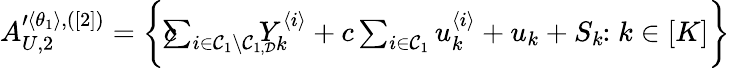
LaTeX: \begin{array}{r}{A_{U,2}^{\prime\langle\theta_{1}\rangle,([2])}=\biggl\{ c\! \! \! \! \sum_{i\in\mathcal{C}_{1}\backslash\mathcal{C}_{1,\mathcal{D}}}\! \! \! \! \! Y_{k}^{\langle i\rangle}+c\sum_{i\in\mathcal{C}_{1}}u_{k}^{\langle i\rangle}+u_{k}+S_{k}\! \! :k\in[K]\biggr\} }\end{array}